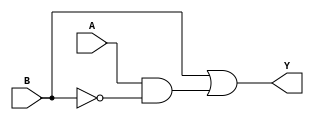
module combinational_logic (
    input wire A,  // Input A
    input wire B,  // Input B
    output wire Y  // Output Y
);

// Combinational logic using the derived expression
assign Y = B | (A & ~B);

endmodule